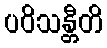
ပဝိသန္တီတိ